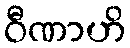
ဝီဏာဟိ